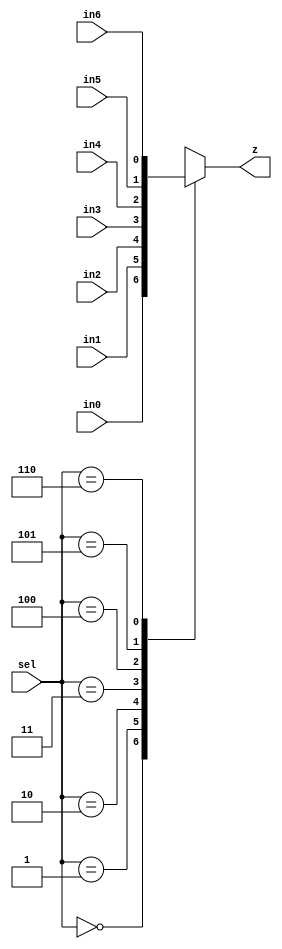
module mux7to1 (in0, in1, in2, in3, in4, in5, in6, sel, z);

  input in0, in1, in2, in3, in4, in5, in6;
  input [2:0] sel;
  
  output z;
  
  reg z;
                
  always @ (in0 or in1 or in2 or in3 or in4 or in5 or in6 or sel) 
    begin
      case(sel)
        3'b000 : z <= in0;
        3'b001 : z <= in1;
        3'b010 : z <= in2;
        3'b011 : z <= in3;
        3'b100 : z <= in4;
        3'b101 : z <= in5;
        3'b110 : z <= in6;
        default : z <= 1'bx;
      endcase
    end
endmodule